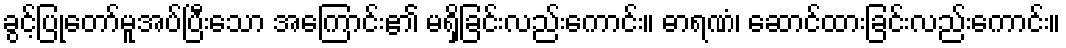
ခွင့်ပြုတော်မူအပ်ပြီးသော အကြောင်း၏ မရှိခြင်းလည်းကောင်း။ ဓာရဏံ၊ ဆောင်ထားခြင်းလည်းကောင်း။